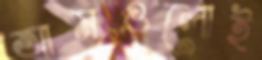
আমগুলোই